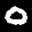
Label: 0